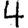
Digit: 4